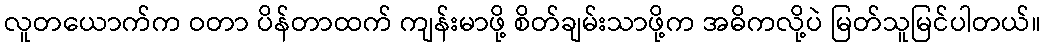
လူတယောက်က ဝတာ ပိန်တာထက် ကျန်းမာဖို့ စိတ်ချမ်းသာဖို့က အဓိကလို့ပဲ မြတ်သူမြင်ပါတယ်။